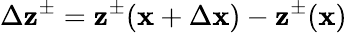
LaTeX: \Delta\mathbf{z}^{\pm}=\mathbf{z}^{\pm}(\mathbf{x}+\Delta\mathbf{x})-\mathbf{z}^{\pm}(\mathbf{x})